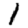
Digit: 1